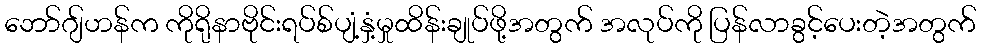
ဘော်ဂျ်ဟန်က ကိုရိုနာဗိုင်းရပ်စ်ပျံ့နှံ့မှုထိန်းချုပ်ဖို့အတွက် အလုပ်ကို ပြန်လာခွင့်ပေးတဲ့အတွက်